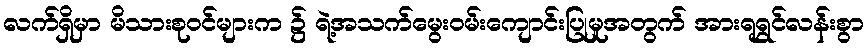
လက်ရှိမှာ မိသားစုဝင်များက ၌ ရဲ့အသက်မွေးဝမ်းကျောင်းပြုမှုအတွက် အားရရွှင်လန်းစွာ